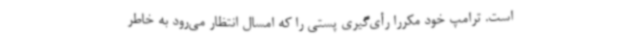
است. ترامپ خود مکرراً رأی‌گیری پستی را که امسال انتظار می‌رود به خاطر